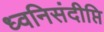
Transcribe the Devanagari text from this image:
ध्वनिसंदीप्ति